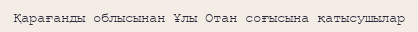
Қарағанды облысынан Ұлы Отан соғысына қатысушылар